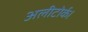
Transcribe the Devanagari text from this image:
अलीटोर्क।